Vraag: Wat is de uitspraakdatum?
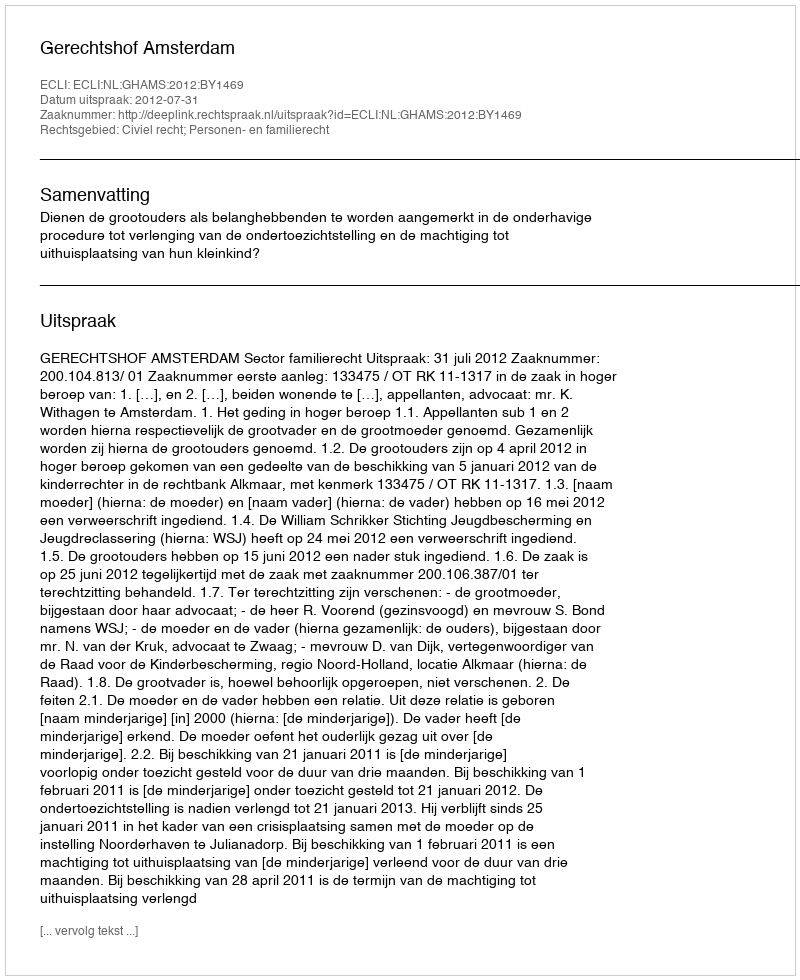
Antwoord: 2012-07-31